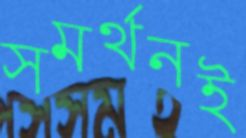
সমর্থনই